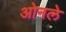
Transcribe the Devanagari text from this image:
ओनले